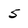
Character: 5